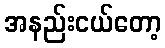
အနည်းငယ်တော့